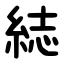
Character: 綕